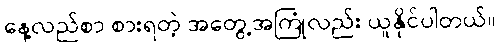
နေ့လည်စာ စားရတဲ့ အတွေ့အကြုံလည်း ယူနိုင်ပါတယ်။